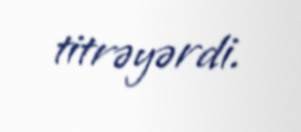
titrəyərdi.